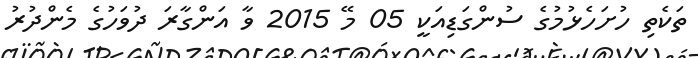
ތަކެތި ހުށަހެޅުމުގެ ސުންގަޑިއަކީ 05 މޭ 2015 ވާ އަންގާރަ ދުވަހުގެ މެންދުރު